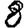
Digit: 8